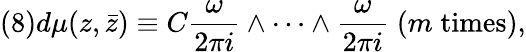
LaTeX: (8)d\mu(z,\bar{z})\equiv C\frac{\omega}{2\pi i}\wedge\cdots\wedge\frac{\omega}{2\pi i}\; (m\; \mathrm{times}),